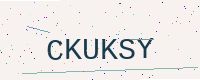
Text: CKUKSY